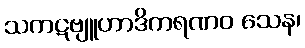
သကဋဗျူဟာဒိကရဏဝ သေန၊